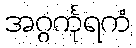
အဂ္ဂင်္ကုရကံ